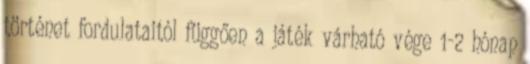
történet fordulataitól függően a játék várható vége 1-2 hónap